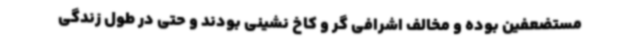
مستضعفین بوده و مخالف اشرافی گر و کاخ نشینی بودند و حتی در طول زندگی